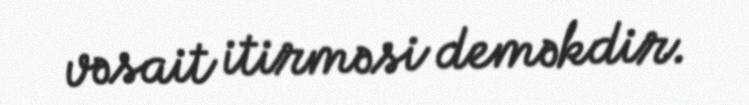
vəsait itirməsi deməkdir.